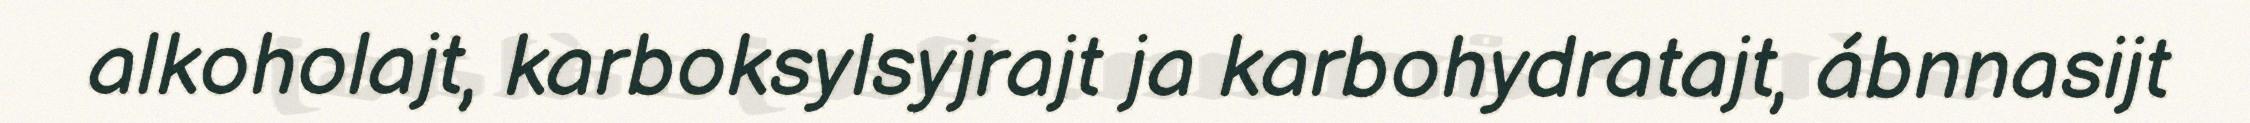
alkoholajt, karboksylsyjrajt ja karbohydratajt, ábnnasijt